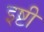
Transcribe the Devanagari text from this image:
इष्टी